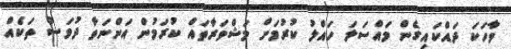
ވާހަކަ ދައްކައިގެން މައްސަލަ ހައްލު ކުރުމަށް މަޝްވަރާތައް ކުރަމުން އަންނަތާ ދުވަސް ތަކެއް